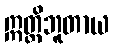
ဣတ္ထိဘူတာယ